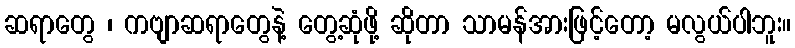
ဆရာတွေ ၊ ကဗျာဆရာတွေနဲ့ တွေ့ဆုံဖို့ ဆိုတာ သာမန်အားဖြင့်တော့ မလွယ်ပါဘူး။